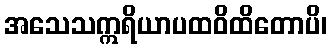
အသေသဣရိယာပထဝိထိတောပိ၊